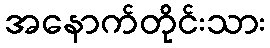
အနောက်တိုင်းသား